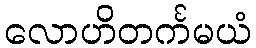
လောဟိတင်္ကမယံ